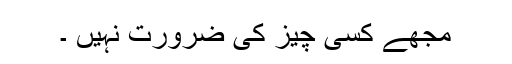
مجھے کسی چیز کی ضرورت نہیں ۔